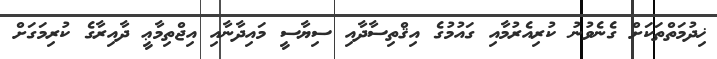
ޚިދުމަތްތަކަށް ގެނެވުނު ކުރިއެރުމާއި ގައުމުގެ އިޤްތިސާދާއި ސިޔާސީ މައިދާނާއި އިޖްތިމާޢީ ދާއިރާގެ ކުރިމަގަށް